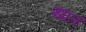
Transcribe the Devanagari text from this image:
खातं